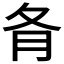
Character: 𡕙